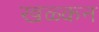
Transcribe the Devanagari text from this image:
खळ्कन